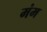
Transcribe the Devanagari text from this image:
मंम